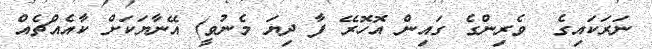
ނަރަކައިގެ  ވެރިންގެ ގައިން އޮހޮރޭ ފާ ދިޔަ މެނުވީ) އޭނާޔަކަށް ކާއެއްޗެއް